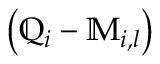
\left( \mathbb { Q } _ { i } - \mathbb { M } _ { i , l } \right)